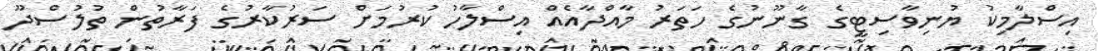
އިސްލާމިކު ޔުނިވާސިޓީގެ ގާނޫނުގެ ހަތަރު މާއްދާއެއް އިސްލާހު ކުރުމަށް ސަރުކާރުގެ ފަރާތުން ތުލުސްދޫ